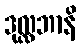
ဒုလ္လဘာနိ